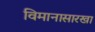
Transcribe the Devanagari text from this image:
विमानासारखा